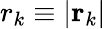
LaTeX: r_{k}\equiv\vert{\mathbf r}_{k}\vert